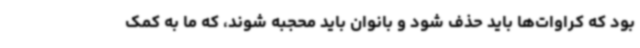
بود که کراوات‌ها باید حذف شود و بانوان باید محجبه شوند، که ما به کمک